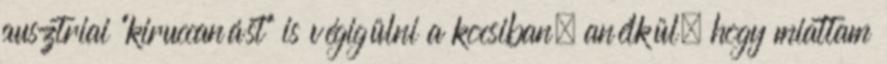
ausztriai "kiruccanást" is végigülni a kocsiban, anélkül, hogy miattam